Vital statistics of India. Vol. VI, European troops 1870-79
Year: 1870
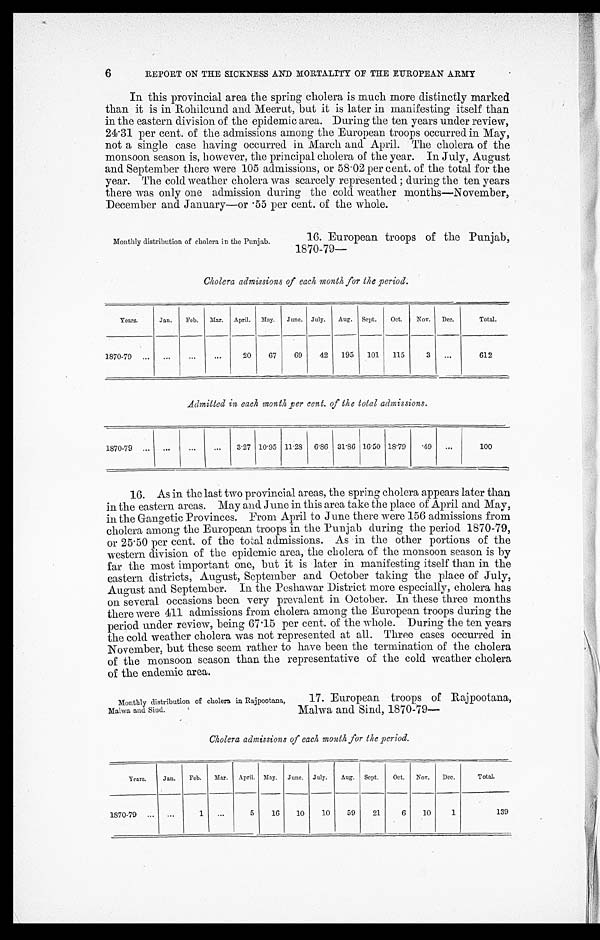
6
REPORT ON THE SICKNESS AND MORTALITY OF THE EUROPEAN ARMY
In this provincial area the spring cholera is much more distinctly marked
than it is in Rohilcund and Meerut, but it is later in manifesting itself than
in the eastern division of the epidemic area. During the ten years under review,
24.31 per cent. of the admissions among the European troops occurred in May,
not a single case having occurred in March and April. The cholera of the
monsoon season is, however, the principal cholera of the year. In July, August
and September there were 105 admissions, or 58.02 per cent. of the total for the
year. The cold weather cholera was scarcely represented; during the ten years
there was only one admission during the cold weather months—November,
December and January—or .55 per cent. of the whole.
16. European troops of the Punjab,
1870-79—
Monthly distribution of cholera in the Punjab.
Cholera admissions of each month for the period.
Years.
Jan.
Feb. Mar. April. May. June. July. Aug. Sept. Oct. Nov. Dec.
Total.
1870-79
20 67
69
42 195 101 115
3
612
Admitted in each month per cent. of the total admissions.
1870-79
3.27 10.95 11.28 6.86 31.86 16.50 18.79 .49
100
16. As in the last two provincial areas, the spring cholera appears later than
in the eastern areas. May and June in this area take the place of April and May,
in the Gangetic Provinces. From April to June there were 156 admissions from
cholera among the European troops in the Punjab during the period 1870-79,
or 25 . 50 per cent. of the total admissions. As in the other portions of the
western division of the epidemic area, the cholera of the monsoon season is by
far the most important one, but it is later in manifesting itself than in the
eastern districts, August, September and October taking the place of July,
August and September. In the Peshawar District more especially, cholera has
on several occasions been very prevalent in October. In these three months
there were 411 admissions from cholera among the European troops during the
period under review, being 67.15 per cent. of the whole. During the ten years
the cold weather cholera was not represented at all. Three cases occurred in
November, but these seem rather to have been the termination of the cholera
of the monsoon season than the representative of the cold weather cholera
of the endemic area.
Monthly distribution of cholera in Rajpootana,
Malwa and Sind.
17. European troops of Rajpootana,
Malwa and Sind, 1870-79—
Cholera admissions of each month for the period.
Years. Jan. Feb. Mar. April. May. June. July. Aug. Sept. Oct. Nov. Dec.
Total .
1870-79
1
5
16 10
10 59
21
6 10
1
139